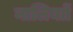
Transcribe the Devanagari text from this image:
नालियाों